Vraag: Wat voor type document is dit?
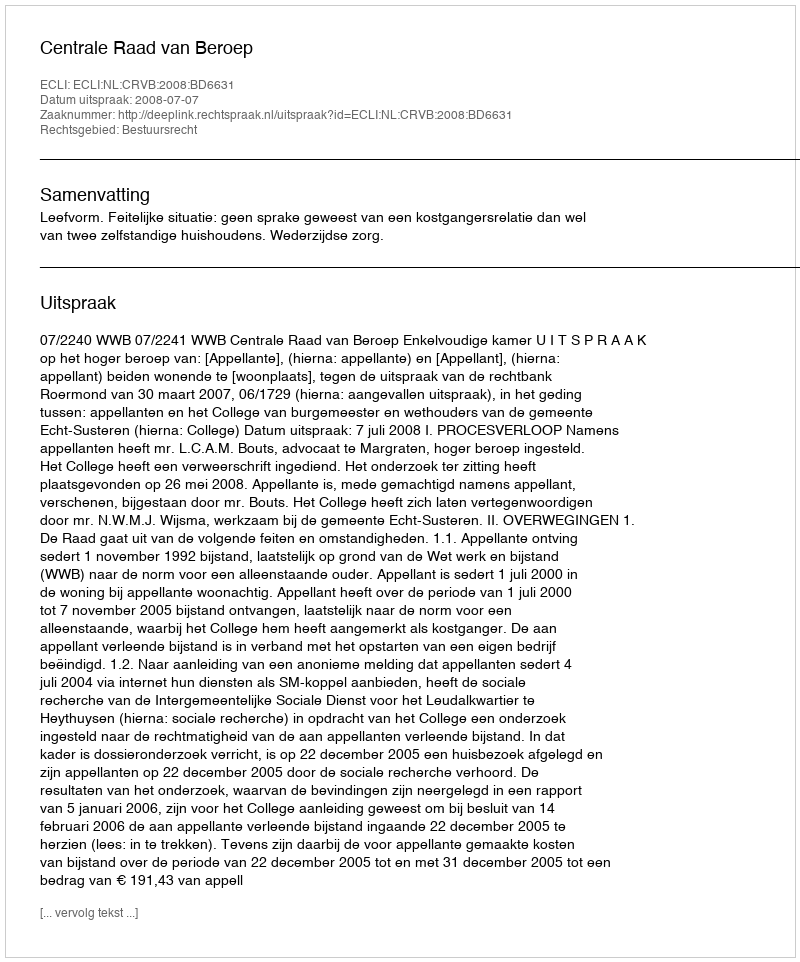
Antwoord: Uitspraak